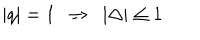
| q | = 1 \ \ \Rightarrow \ \ | \Delta | \leq 1